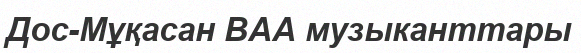
Дос-Мұқасан ВАА музыканттары